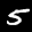
Label: 5